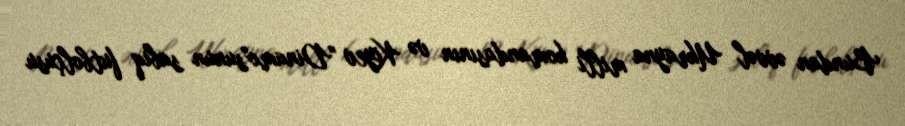
Bundan əvvəl Ukrayna milli komandasının və Kiyev "Dinamo"sunun sabiq futbolçusu